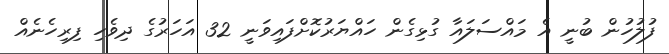
ފުލުހުން ބުނީ އެ މައްސަލައާ ގުޅިގެން ހައްޔަރުކޮށްފައިވަނީ 32 އަހަރުގެ ދިވެހި ފިރިހެނެއް